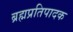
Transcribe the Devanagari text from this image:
ब्रह्मप्रतिपादक